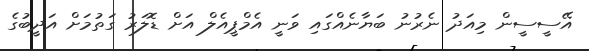
އޭސީސީން މިއަދު ނެރުނު ބަޔާނެއްގައި ވަނީ އެމްޕީއެލް އަށް ޑޮލަރު ގަތުމަށް އަދީބުގެ